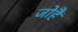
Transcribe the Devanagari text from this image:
जोहैं